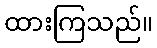
ထားကြသည်။